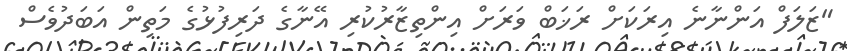
"ޒަލަފް އަންނާނެ އިރަކަށް ރަޚަބް ވަރަށް އިންތިޒާރުކުރި އޭނާގެ ދަރިފުޅުގެ މަތިން އަބަދުވެސް